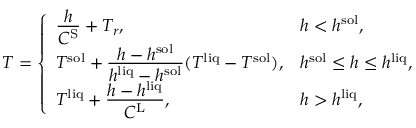
\begin{array} { r } { T = \left\{ \begin{array} { l l } { \frac { \displaystyle h } { \displaystyle C ^ { \mathrm { S } } } + T _ { r } , } & { h < h ^ { \mathrm { s o l } } , } \\ { T ^ { \mathrm { s o l } } + \frac { \displaystyle h - h ^ { \mathrm { s o l } } } { \displaystyle h ^ { \mathrm { l i q } } - h ^ { \mathrm { s o l } } } ( T ^ { \mathrm { l i q } } - T ^ { \mathrm { s o l } } ) , } & { h ^ { \mathrm { s o l } } \le h \le h ^ { \mathrm { l i q } } , } \\ { T ^ { \mathrm { l i q } } + \frac { \displaystyle h - h ^ { \mathrm { l i q } } } { \displaystyle C ^ { \mathrm { L } } } , } & { h > h ^ { \mathrm { l i q } } , } \end{array} \right. } \end{array}